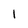
Character: 1